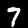
Label: 7